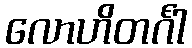
လောဟိတင်္ဂါ